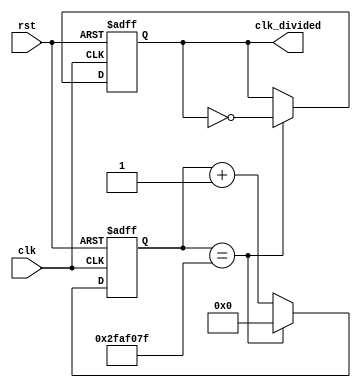
module clk_div
	#(parameter N = 32'd50_000000) ( //2*N 100MHZ -> 1HZ
	input clk,rst,
	output reg clk_divided
	);
	
	reg [31:0] cnt;
	always @(posedge clk,posedge rst) begin
		if(rst) begin
			cnt <= 32'b0;
			clk_divided <=0;
		end
		else begin
			if(cnt == N-1) begin
				cnt <= 32'b0;
				clk_divided <=~clk_divided;
			end
			else begin
				cnt <= cnt+1;
			end
		end
	end
endmodule